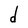
Character: d